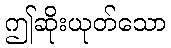
ဤဆိုးယုတ်သော